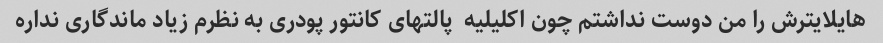
هایلایترش را من دوست نداشتم چون اکلیلیه  پالتهای کانتور پودری به نظرم زیاد ماندگاری نداره